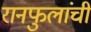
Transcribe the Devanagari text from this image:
रानफुलांची